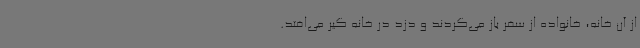
از آن خانه، خانواده از سفر باز می‌گردند و دزد در خانه گیر می‌افتد.